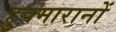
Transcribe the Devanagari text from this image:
हुक्मारानों